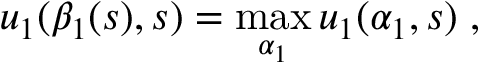
u _ { 1 } ( \beta _ { 1 } ( s ) , s ) = \operatorname* { m a x } _ { \alpha _ { 1 } } u _ { 1 } ( \alpha _ { 1 } , s ) \; ,